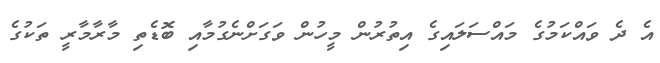
އެ ދެ ވައްކަމުގެ މައްސަލައިގެ އިތުރުން މީހުން ވަގަށްނެގުމާއި ބޮޑެތި މާރާމާރީ ތަކުގެ